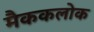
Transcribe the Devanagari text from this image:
मैककलोक